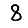
Digit: 8